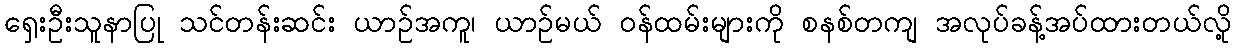
ရှေးဦးသူနာပြု သင်တန်းဆင်း ယာဉ်အကူ၊ ယာဉ်မယ် ဝန်ထမ်းများကို စနစ်တကျ အလုပ်ခန့်အပ်ထားတယ်လို့